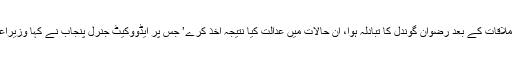
اس موقع پر چیف جسٹس نے کہا ‘وزیراعلیٰ ہاؤس میں ملاقات کے بعد رضوان گوندل کا تبادلہ ہوا، ان حالات میں عدالت کیا نتیجہ اخذ کرے’ جس پر ایڈووکیٹ جنرل پنجاب نے کہا وزیراعلیٰ کے پولیس کے کام میں مداخلت کے شواہد نہیں ہیں۔